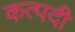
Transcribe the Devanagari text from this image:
कत्पदी